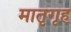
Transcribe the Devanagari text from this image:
मातृगृह